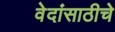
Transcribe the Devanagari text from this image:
वेदांसाठीचे